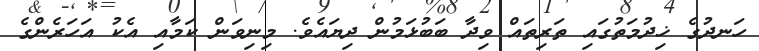
ހަނދުގެ ޚިދުމަތުގައި ތަރިތައް ވިދާ ބަބުޅަމުން ދިޔައެވެ. މިނިވަން ކަމާއި އެކު އަހަރެންގެ